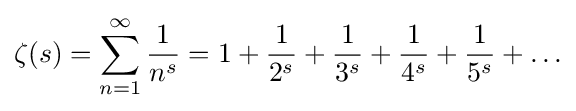
\zeta (s)=\sum _{n=1}^{\infty }{\frac {1}{n^{s}}}=1+{\frac {1}{2^{s}}}+{\frac {1}{3^{s}}}+{\frac {1}{4^{s}}}+{\frac {1}{5^{s}}}+\ldots